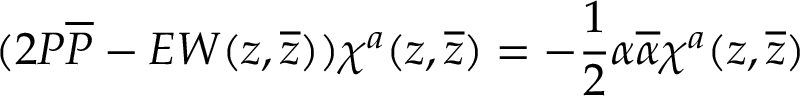
( 2 { \cal P } { \overline { { { \cal P } } } } - E W ( z , \overline { { { z } } } ) ) \chi ^ { a } ( z , \overline { { { z } } } ) = - \frac { 1 } { 2 } \alpha \overline { { { \alpha } } } \chi ^ { a } ( z , \overline { { { z } } } )